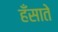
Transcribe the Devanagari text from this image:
हँसाते